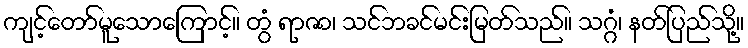
ကျင့်တော်မူသောကြောင့်။ တွံ ရာဇာ၊ သင်ဘခင်မင်းမြတ်သည်။ သဂ္ဂံ၊ နတ်ပြည်သို့။